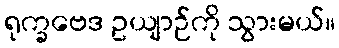
ရုက္ခဗေဒ ဥယျာဉ်ကို သွားမယ်။